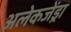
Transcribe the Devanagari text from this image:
अलेकजेंड्रा